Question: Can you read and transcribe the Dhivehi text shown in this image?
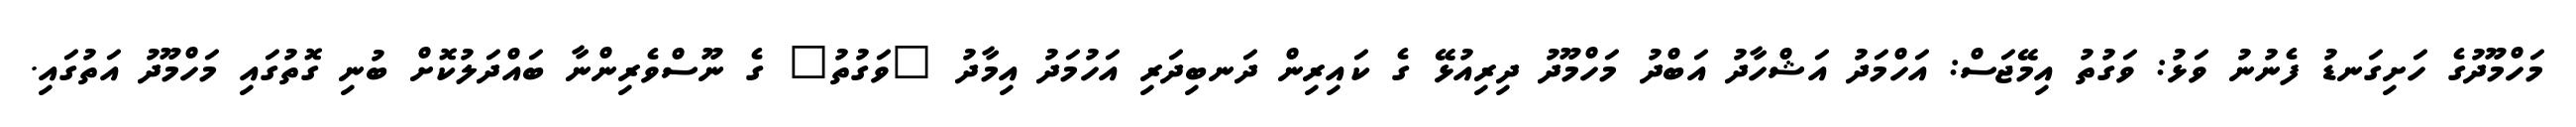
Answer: މަހްމޫދުގެ ހަށިގަނޑު ފެނުނު ވަޅު: ވަގުތު އިމޭޖަސް: އަހްމަދު އަޝްހާދު އަބްދު މަހްމޫދު ދިރިއުޅޭ ގެ ކައިރިން ދަނބިދަރި އަހުމަދު އިމާދު "ވަގުތު" ގެ ނޫސްވެރިންނާ ބައްދަލުކޮށް ބުނި ގޮތުގައި މަހްމޫދު އަތުގައި.